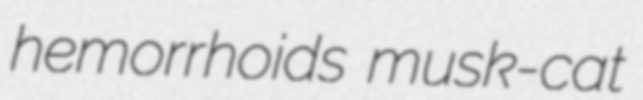
hemorrhoids musk-cat